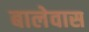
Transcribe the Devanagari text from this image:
बालेवास